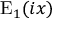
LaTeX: \mathrm { E } _ { 1 } ( i x )